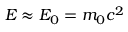
E \approx E _ { 0 } = m _ { 0 } c ^ { 2 }